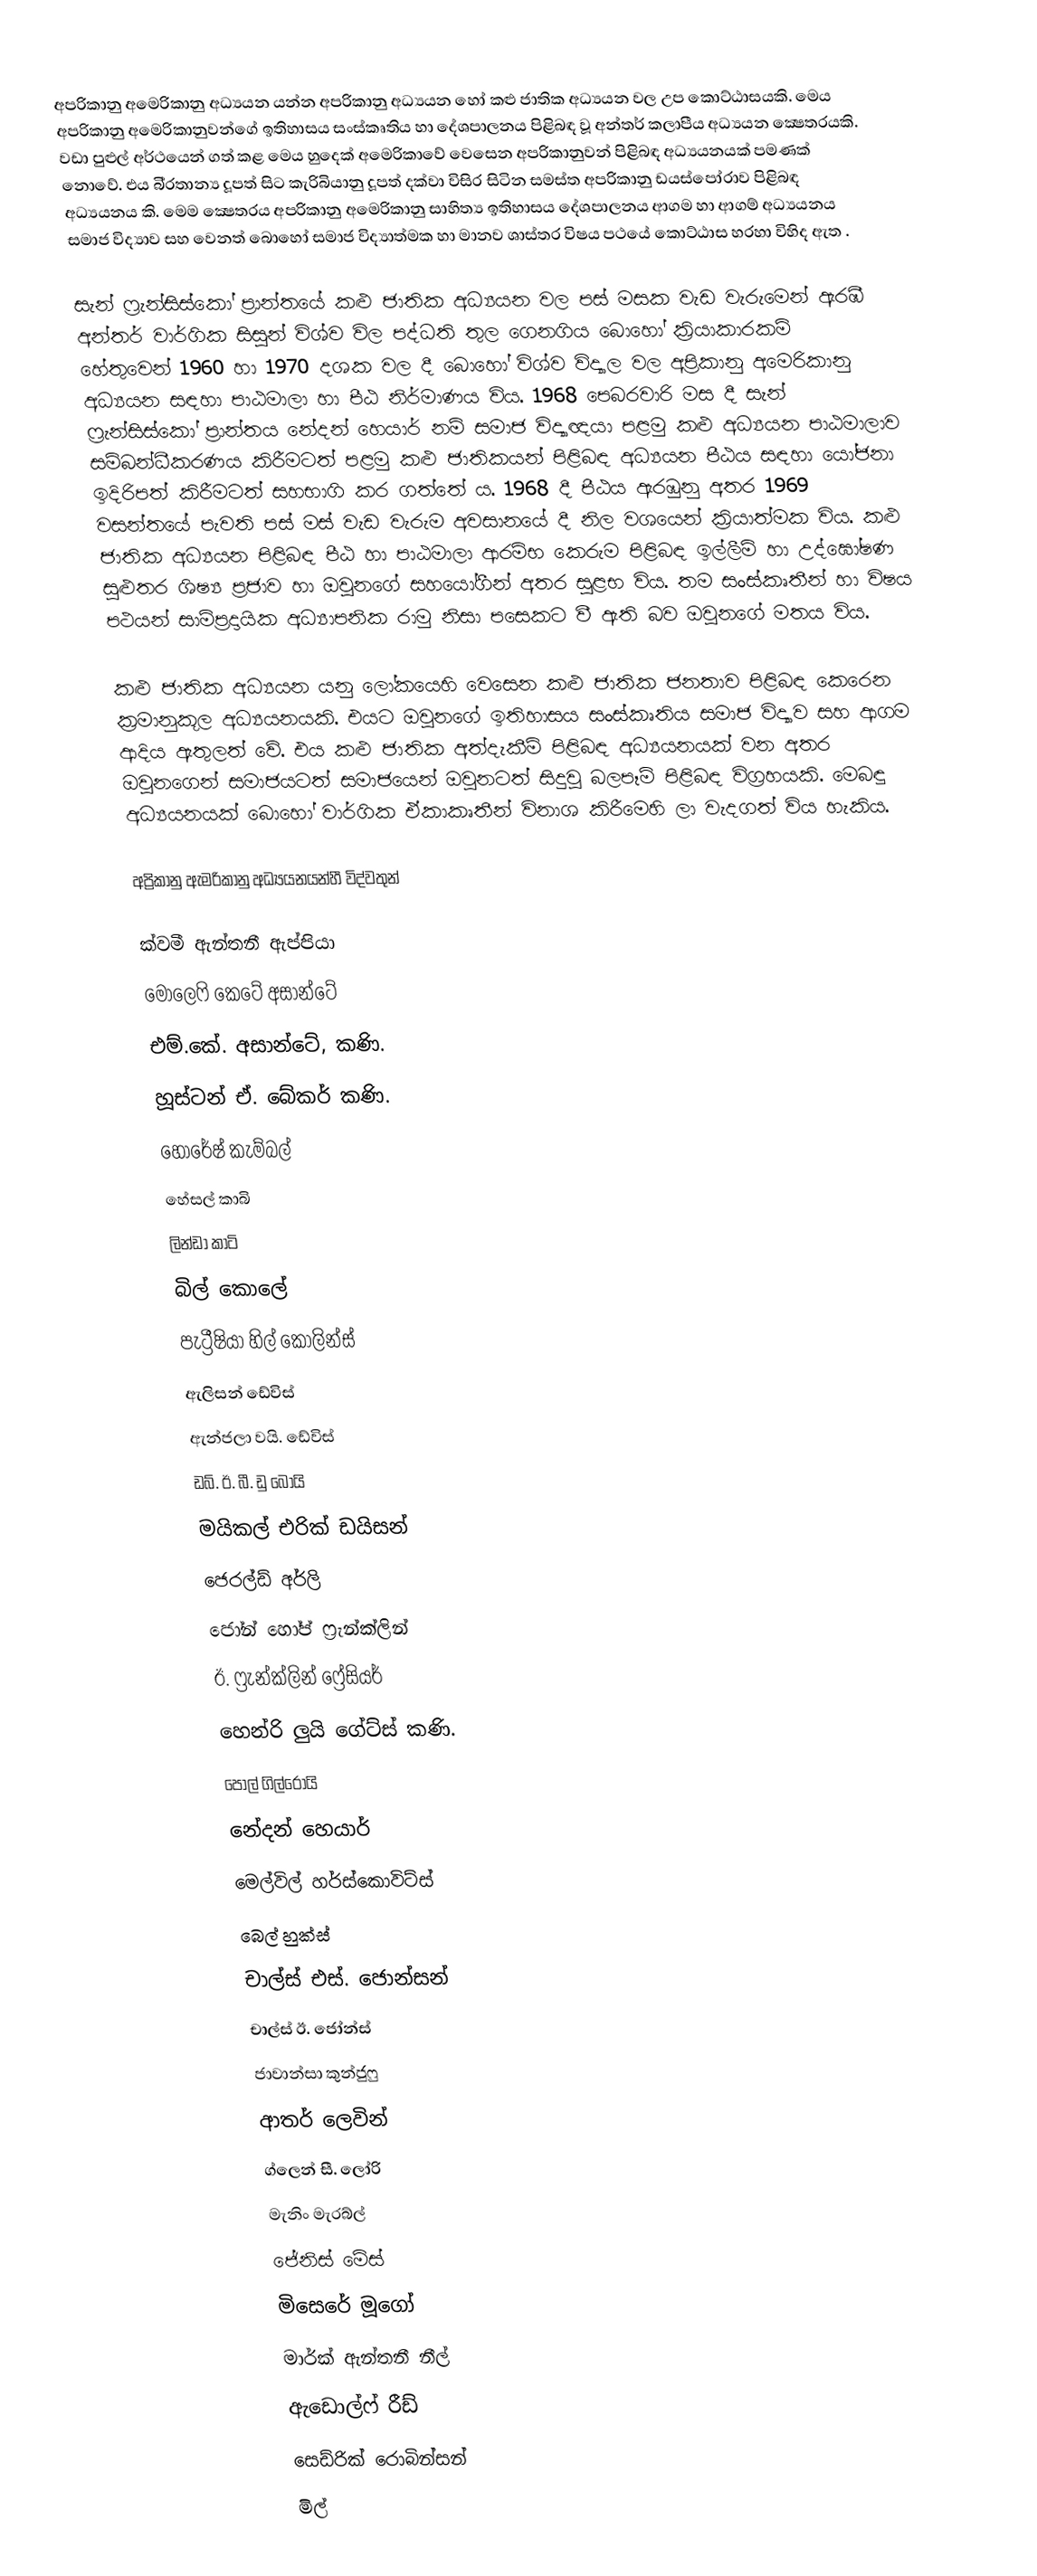
අප‍්‍රිකානු අමෙරිකානු අධ්‍යයන යන්න අප‍්‍රිකානු අධ්‍යයන හෝ කළු ජාතික අධ්‍යයන වල උප කොට්ඨාසයකි. මෙය අප‍්‍රිකානු අමෙරිකානුවන්ගේ ඉතිහාසය සංස්කෘතිය හා දේශපාලනය පිළිබඳ වූ අන්තර් කලාපීය අධ්‍යයන ක්‍ෂෙත‍්‍රයකි. වඩා පුළුල් අර්ථයෙන් ගත් කළ මෙය හුදෙක් අමෙරිකාවේ වෙසෙන අප‍්‍රිකානුවන් පිළිබඳ අධ්‍යයනයක් පමණක් නොවේ. එය බි‍්‍රතාන්‍ය දූපත් සිට කැරිබියානු දූපත් දක්වා විසිර සිටින සමස්ත අප‍්‍රිකානු ඩයස්පෝරාව පිළිබඳ අධ්‍යයනය කි. මෙම ක්‍ෂෙත‍්‍රය අප‍්‍රිකානු අමෙරිකානු සාහිත්‍ය ඉතිහාසය දේශපාලනය ආගම හා ආගම් අධ්‍යයනය සමාජ විද්‍යාව සහ වෙනත් බොහෝ සමාජ විද්‍යාත්මක හා මානව ශාස්ත‍්‍ර විෂය පථයේ කොට්ඨාස හරහා විහිද ඇත .

සැන් ෆ‍්‍රැන්සිස්කෝ ප‍්‍රාන්තයේ කළු ජාතික අධ්‍යයන වල පස් මසක වැඩ වැරුමෙන් ඇරඹී අන්තර් වාර්ගික සිසුන් විශ්ව විල පද්ධති තුල ගෙනගිය බොහෝ ක‍්‍රියාකාරකම් හේතුවෙන් 1960 හා 1970 දශක වල දී බොහෝ විශ්ව විද්‍යාල වල අප‍්‍රිකානු අමෙරිකානු අධ්‍යයන සඳහා පාඨමාලා හා පීඨ නිර්මාණය විය. 1968  පෙබරවාරි මස දී සැන් ෆ‍්‍රැන්සිස්කෝ ප‍්‍රාන්තය නේදන් හෙයාර් නම් සමාජ විද්‍යාඥයා පළමු කළු අධ්‍යයන පාඨමාලාව සම්බන්ධීකරණය කිරීමටත් පළමු කළු ජාතිකයන් පිළිබඳ අධ්‍යයන  පීඨය සඳහා යෝජනා ඉදිරිපත් කිරීමටත් සහභාගි කර ගත්තේ ය. 1968 දී පීඨය ඇරඹුනු අතර 1969 වසන්තයේ පැවති පස් මස් වැඩ වැරුම අවසානයේ දී නිල වශයෙන් ක‍්‍රියාත්මක විය. කළු ජාතික අධ්‍යයන පිළිබඳ පීඨ හා පාඨමාලා ආරම්භ කෙරුම පිළිබඳ ඉල්ලීම් හා උද්ඝෝෂණ සුළුතර ශිෂ්‍ය ප‍්‍රජාව හා ඔවුනගේ සහයෝගීන් අතර සුළභ විය. තම සංස්කෘතීන් හා විෂය පථයන් සාම්ප‍්‍රදායික අධ්‍යාපනික රාමු නිසා පසෙකට වී ඇති බව ඔවුනගේ මතය විය.

කළු ජාතික අධ්‍යයන යනු ලෝකයෙහි වෙසෙන කළු ජාතික ජනතාව පිළිබඳ කෙරෙන ක‍්‍රමානුකූල අධ්‍යයනයකි. එයට ඔවුනගේ ඉතිහාසය සංස්කෘතිය සමාජ විද්‍යාව සහ ආගම ආදිය ඇතුලත් වේ. එය කළු ජාතික අත්දැකීම් පිළිබඳ අධ්‍යයනයක් වන අතර ඔවුනගෙන් සමාජයටත් සමාජයෙන් ඔවුනටත් සිදුවූ බලපෑම් පිළිබඳ විග‍්‍රහයකි. මෙබඳු අධ්‍යයනයක් බොහෝ වාර්ගික ඒකාකෘතීන් විනාශ කිරීමෙහි ලා වැදගත් විය හැකිය.

අප්‍රිකානු ඇමරිකානු අධ්‍යයනයන්හී විද්වතුන්

 ක්වමී ඇන්තනී ඇප්පියා
 මොලෙෆි කෙටේ අසාන්ටේ
 එම්.කේ. අසාන්ටේ, කණි.
 හූස්ටන් ඒ. බේකර් කණි.
 හොරේෂ් කැම්බල්
 හේසල් කාබි
 ලින්ඩා කාටි
 බිල් කොලේ
 පැට්‍රීෂියා හිල් කොලින්ස්
 ඇලිසන් ඩේවිස්
 ඇන්ජලා වයි. ඩේවිස්
 ඩබ්. ඊ. බී. ඩු බොයි
 මයිකල් එරික් ඩයිසන්
 ජෙරල්ඩ් අර්ලි
 ජෝන් හෝප් ෆ්‍රැන්ක්ලින්
 ඊ. ෆ්‍රැන්ක්ලින් ෆ්‍රේසියර්
 හෙන්රි ලුයි ගේට්ස් කණි.
 පෝල් ගිල්රෝයි
 නේදන් හෙයාර්
 මෙල්විල් හර්ස්කොවිට්ස්
 බෙල් හුක්ස්
 චාල්ස් එස්. ජොන්සන්
 චාල්ස් ඊ. ජෝන්ස්
 ජාවාන්සා කුන්ජුෆු
 ආතර් ලෙවින්
 ග්ලෙන් සී. ලෝරි
 මැනිං මැරබ්ල්
 ජේනිස් මේස්
 මිසෙරේ මූගෝ
 මාර්ක් ඇන්තනී නීල්
 ඇඩොල්ෆ් රීඩ්
 සෙඩ්රික් රොබින්සන්
 මිල්